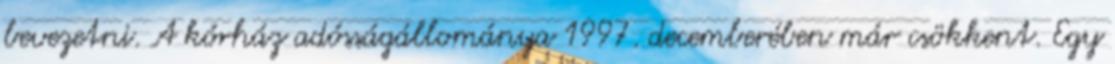
bevezetni. A kórház adósságállománya 1997. decemberében már csökkent. Egy